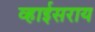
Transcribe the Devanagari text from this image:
व्हाईसराय